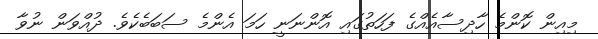
މިއިން ކޮންމެ ހާދިސާއެއްގެ ފަހަތުގައި އޮންނަނީ ހަމަ އެންމެ ސަބަބެކެވެ. ދުއްވަން ނުވާ